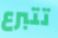
تتبرع